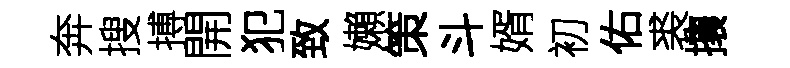
奔搜搏開犯致嬾策斗婿初佑裘攘